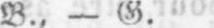
B., - G.